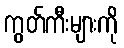
ကွတ်ကီးများကို